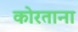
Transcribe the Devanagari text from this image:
कोरताना